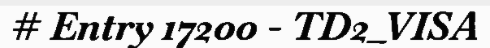
# Entry 17200 - TD2_VISA